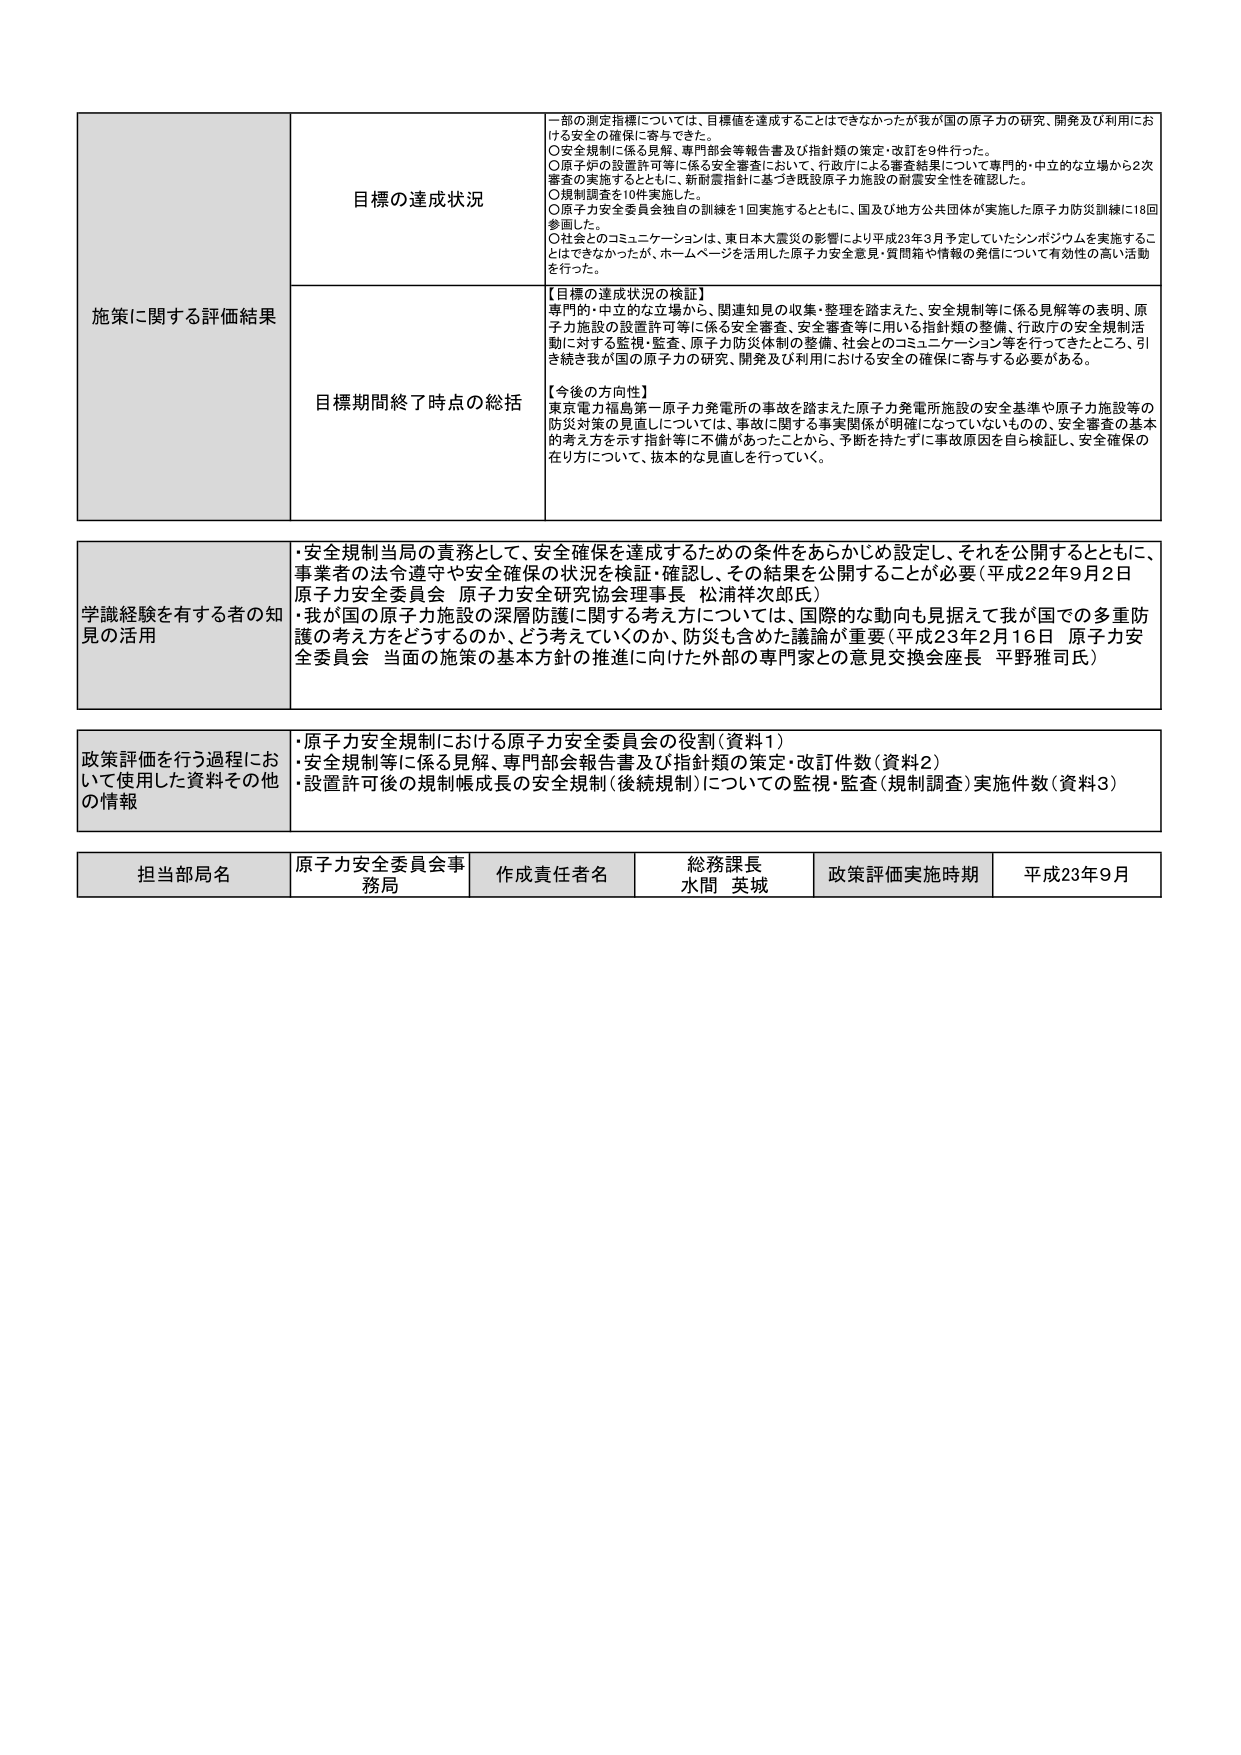
施策に関する評価結果

目標の達成状況
一部の測定指標については、目標値を達成することはできなかったが我が国の原子力の研究、開発及び利用における安全の確保に寄与できた。
〇安全規制に係る見解、専門部会等報告書及び指針類の策定・改訂を9件行った。
〇原子炉の設置許可等に係る安全審査において、行政庁による審査結果について専門的・中立的な立場から2次審査の実施するとともに、新耐震指針に基づき既設原子力施設の耐震安全性を確認した。
〇規制調査を10件実施した。
〇原子力安全委員会独自の訓練を1回実施するとともに、国及び地方公共団体が実施した原子力防災訓練に18回参画した。
〇社会とのコミュニケーションは、東日本大震災の影響により平成23年3月予定していたシンポジウムを実施することができなかったが、ホームページを活用した原子力安全意見・質問箱や情報の発信について有効性の高い活動を行った。

目標期間終了時点の総括
【目標の達成状況の検証】
専門的・中立的な立場から、関連知見の収集・整理を踏まえた、安全規制等に係る見解等の表明、原子力施設の設置許可等に係る安全審査、安全審査等に用いる指針類の整備、行政庁の安全規制活動に対する監視・監査、原子力防災体制の整備、社会とのコミュニケーション等を行ってきたところ、引き続き我が国の原子力の研究、開発及び利用における安全の確保に寄与する必要がある。
【今後の方針性】
東京電力福島第一原子力発電所の事故を踏まえた原子力発電所施設の安全基準や原子力施設等の防災対策の見直しについては、事故に関する事実関係が明確になっていないものの、安全審査の基本的考え方を示す指針等に不備があったことから、予断を持たずに対事故原因を自ら検証し、安全確保の在り方について、抜本的な見直しを行っていく。

学識経験を有する者の知見の活用
・安全規制当局の責務として、安全確保を達成するための条件をあらかじめ設定し、それを公開するとともに、事業者の法令遵守や安全確保の状況を検証・確認し、その結果を公開することが必要（平成22年9月2日 原子力安全委員会 原子力安全研究協会理事長 松浦祥次郎氏）
・我が国の原子力施設の深層防護に関する考え方については、国際的な動向も見据えて我が国の多重防護の考え方をどうするのか、どう考えていくのか、防災も含めた議論が重要（平成23年2月16日 原子力安全委員会 当面の施策の基本方針の推進に向けた外部の専門家との意見交換会座長 平野雅司氏）

政策評価を行う過程において使用した資料その他 の情報
・原子力安全規制における原子力安全委員会の役割（資料1）
・安全規制等に係る見解、専門部会報告書及び指針類の策定・改訂件数（資料2）
・設置許可後の規制帳成長の安全規制（後続規制）についての監視・監査（規制調査）実施件数（資料3）

担当部局名 原子力安全委員会事務局
作成責任者名 総務課長 水間 英城
政策評価実施時期 平成23年9月